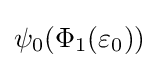
\psi _{0}(\Phi _{1}(\varepsilon _{0}))